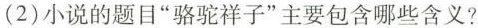
(2)小说的题目”骆驼祥子”主要包含哪些含义?